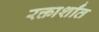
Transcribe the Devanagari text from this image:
रक्तार्शांत